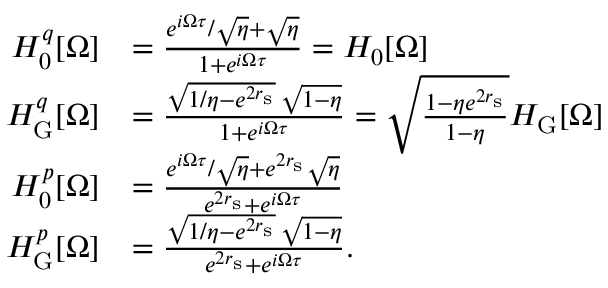
\begin{array} { r l } { H _ { 0 } ^ { q } [ \Omega ] } & { = \frac { e ^ { i \Omega \tau } / \sqrt { \eta } + \sqrt { \eta } } { 1 + e ^ { i \Omega \tau } } = H _ { 0 } [ \Omega ] } \\ { H _ { \mathrm { G } } ^ { q } [ \Omega ] } & { = \frac { \sqrt { 1 / \eta - e ^ { 2 r _ { \mathrm { s } } } } \, \sqrt { 1 - \eta } } { 1 + e ^ { i \Omega \tau } } = \sqrt { \frac { 1 - \eta e ^ { 2 r _ { \mathrm { s } } } } { 1 - \eta } } H _ { \mathrm { G } } [ \Omega ] } \\ { H _ { 0 } ^ { p } [ \Omega ] } & { = \frac { e ^ { i \Omega \tau } / \sqrt { \eta } + e ^ { 2 r _ { \mathrm { s } } } \sqrt { \eta } } { e ^ { 2 r _ { \mathrm { s } } } + e ^ { i \Omega \tau } } } \\ { H _ { \mathrm { G } } ^ { p } [ \Omega ] } & { = \frac { \sqrt { 1 / \eta - e ^ { 2 r _ { \mathrm { s } } } } \, \sqrt { 1 - \eta } } { e ^ { 2 r _ { \mathrm { s } } } + e ^ { i \Omega \tau } } . } \end{array}